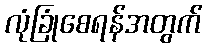
လုံခြုံစေရန်အတွက်